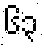
၆၃